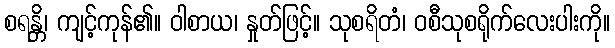
စရန္တိ၊ ကျင့်ကုန်၏။ ဝါစာယ၊ နှုတ်ဖြင့်။ သုစရိတံ၊ ဝစီသုစရိုက်လေးပါးကို။